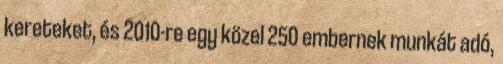
kereteket, és 2010-re egy közel 250 embernek munkát adó,